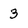
Character: 3